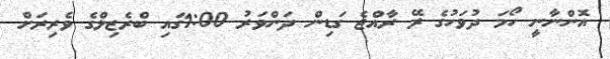
އޮންނާނީ ހޯމަ ދުވަހުގެ ރޭ ރާއްޖެ ގަޑިން ދަންވަރު 1:00ގައި ބްރެޒިލްގެ ވެރިރަށް